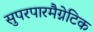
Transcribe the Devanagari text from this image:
सुपरपारमैग्नेटिक